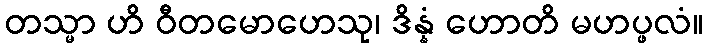
တသ္မာ ဟိ ဝီတမောဟေသု၊ ဒိန္နံ ဟောတိ မဟပ္ဖလံ။